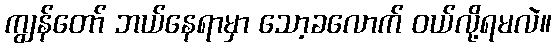
ကျွန်တော် ဘယ်နေရာမှာ သော့ခလောက် ဝယ်လို့ရမလဲ။